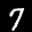
Label: 7